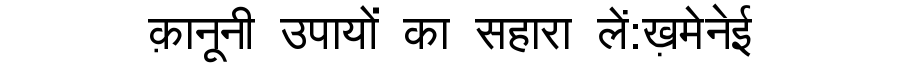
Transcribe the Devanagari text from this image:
क़ानूनी उपायों का सहारा लें:ख़मेनेई